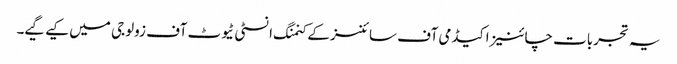
یہ تجربات چائنیز اکیڈمی آف سائنسز کے کنمنگ انسٹی ٹیوٹ آف زولوجی میں کیے گیے۔